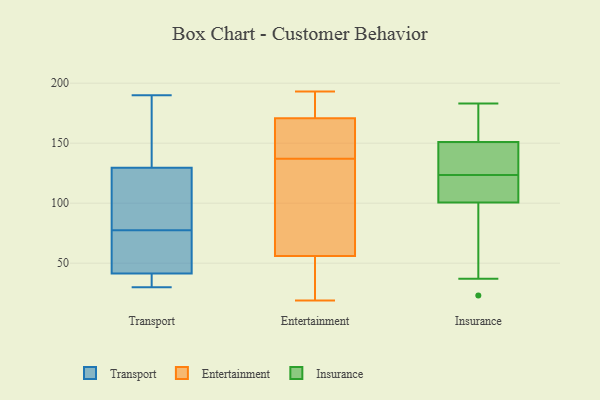
{"axis": {"x": "Customer Acquisition Cost (USD)", "y": "Value"}, "legend": ["Entertainment", "Insurance", "Transport"], "data": [{"x": "", "y": 80, "type": "Transport"}, {"x": "", "y": 136, "type": "Transport"}, {"x": "", "y": 46, "type": "Transport"}, {"x": "", "y": 30, "type": "Transport"}, {"x": "", "y": 36, "type": "Transport"}, {"x": "", "y": 80, "type": "Transport"}, {"x": "", "y": 188, "type": "Transport"}, {"x": "", "y": 123, "type": "Transport"}, {"x": "", "y": 61, "type": "Transport"}, {"x": "", "y": 37, "type": "Transport"}, {"x": "", "y": 190, "type": "Transport"}, {"x": "", "y": 75, "type": "Transport"}, {"x": "", "y": 153, "type": "Entertainment"}, {"x": "", "y": 52, "type": "Entertainment"}, {"x": "", "y": 151, "type": "Entertainment"}, {"x": "", "y": 158, "type": "Entertainment"}, {"x": "", "y": 183, "type": "Entertainment"}, {"x": "", "y": 20, "type": "Entertainment"}, {"x": "", "y": 81, "type": "Entertainment"}, {"x": "", "y": 137, "type": "Entertainment"}, {"x": "", "y": 19, "type": "Entertainment"}, {"x": "", "y": 178, "type": "Entertainment"}, {"x": "", "y": 59, "type": "Entertainment"}, {"x": "", "y": 113, "type": "Entertainment"}, {"x": "", "y": 175, "type": "Entertainment"}, {"x": "", "y": 193, "type": "Entertainment"}, {"x": "", "y": 55, "type": "Entertainment"}, {"x": "", "y": 183, "type": "Insurance"}, {"x": "", "y": 150, "type": "Insurance"}, {"x": "", "y": 129, "type": "Insurance"}, {"x": "", "y": 37, "type": "Insurance"}, {"x": "", "y": 100, "type": "Insurance"}, {"x": "", "y": 148, "type": "Insurance"}, {"x": "", "y": 113, "type": "Insurance"}, {"x": "", "y": 101, "type": "Insurance"}, {"x": "", "y": 23, "type": "Insurance"}, {"x": "", "y": 118, "type": "Insurance"}, {"x": "", "y": 178, "type": "Insurance"}, {"x": "", "y": 152, "type": "Insurance"}]}